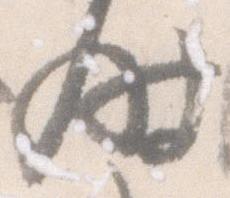
時